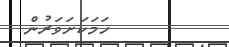
ހަމަކަށަވަރުން